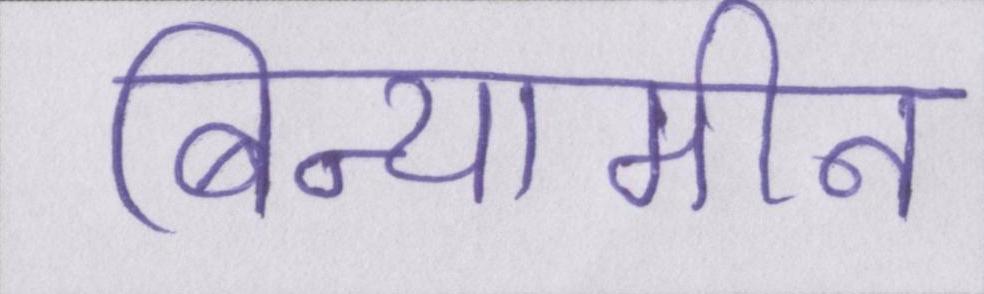
बिन्यामीन